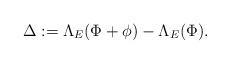
LaTeX: \begin{align*}\Delta := \Lambda_E(\Phi + \phi) - \Lambda_E (\Phi).\end{align*}